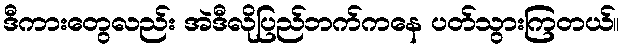
ဒီကားတွေလည်း အဲဒီလိုပြည်ဘက်ကနေ ပတ်သွားကြတယ်။